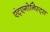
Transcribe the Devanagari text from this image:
एंट्एगोनिस्ट्स